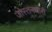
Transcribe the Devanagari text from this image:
जोस्तनधारी